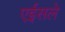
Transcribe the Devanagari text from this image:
एईसले